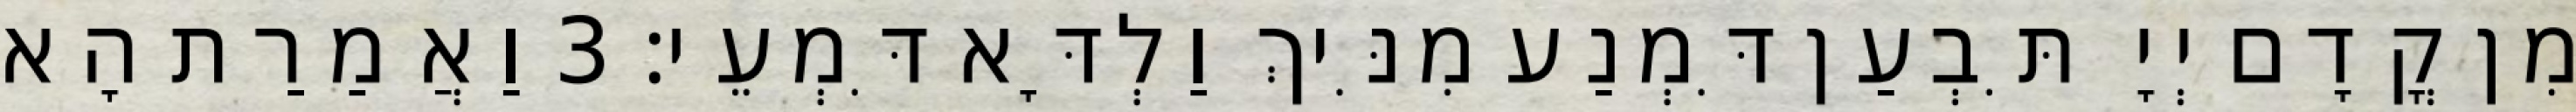
מִן קֳדָם יְיָ תִּבְעַן דִּמְנַע מִנִּיךְ וַלְדָּא דִּמְעֵי׃ 3 וַאֲמַרַת הָא